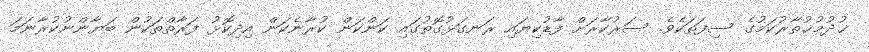
ޚުދުމުޚުތާރުކަމުގެ ސިފަތަކެވެ. ސަރުކާރަށް ފާޑުކިޔައި ރަނގަޅުގޮތުގައި ކަންކަން ކުރާނެކަން އިދިކޮޅު ފަރާތްތަކުން ބަޔާންނުކުރާނަމަ